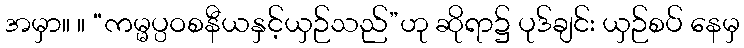
အမှာ။ ။ “ကမ္မပ္ပဝစနီယနှင့်ယှဉ်သည်”ဟု ဆိုရာ၌ ပုဒ်ချင်း ယှဉ်စပ် နေမှ